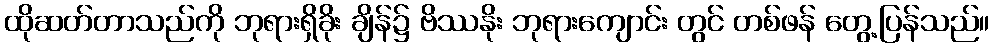
ထိုဆတ်တာသည်ကို ဘုရားရှိခိုး ချိန်၌ ဗိဿနိုး ဘုရားကျောင်း တွင် တစ်ဖန် တွေ့ပြန်သည်။